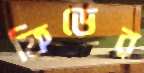
ফিডের